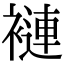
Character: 褳